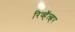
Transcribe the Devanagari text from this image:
रिव्हॅल्व्हर